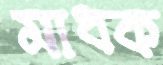
মাধক